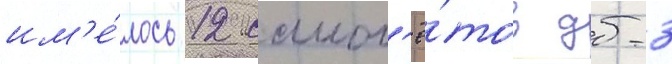
им'е́лось 12 самол'ё́тов дб-3